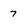
Character: 7